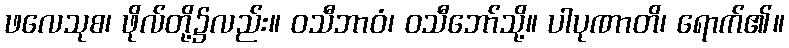
ဖလေသုစ၊ ဖိုလ်တို့၌လည်း။ ဝသီဘာဝံ၊ ဝသီဘော်သို့။ ပါပုဏာတိ၊ ရောက်၏။